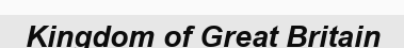
Kingdom of Great Britain